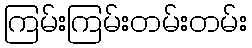
ကြမ်းကြမ်းတမ်းတမ်း